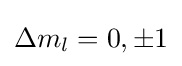
\Delta m_{l}=0,\pm 1